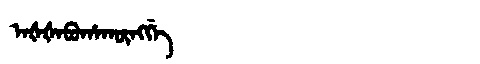
Manchu: ᠠᡧᡧᠠᠪᡠᡥᠠᡴᡡᠩᡤᡝ
Romanization: AŠŠABUHAKŪNGGE